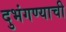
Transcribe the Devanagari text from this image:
दुभंगण्याची